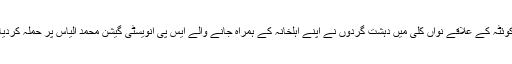
کوئٹہ کے علاقے نواں کلی میں دہشت گردوں نے اپنے اہلخانہ کے ہمراہ جانے والے ایس پی انویسٹی گیشن محمد الیاس پر حملہ کردیا۔